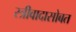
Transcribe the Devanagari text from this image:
स्त्रीवादासोबत